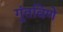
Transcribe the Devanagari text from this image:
गुंतविणे